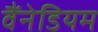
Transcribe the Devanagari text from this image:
वैंनेडियम